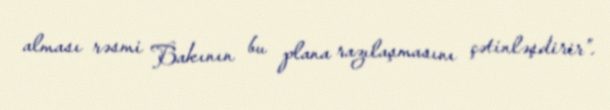
alması rəsmi Bakının bu plana razılaşmasını çətinləşdirir”.